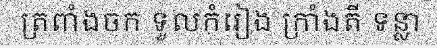
ត្រពាំងចក ទួលកំរៀង ក្រាំងតី ទន្លា